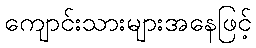
ကျောင်းသားများအနေဖြင့်